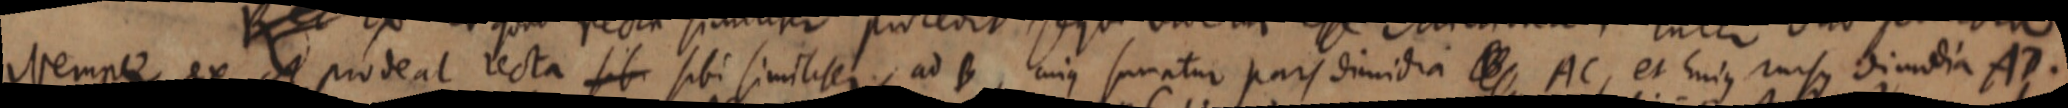
Nempe, ex et prodent recta sibi sibi similiter ad B, cuius sumatur pars dimidia _ AC, et huius rursus dimidua AD.